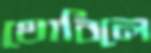
থোবিলে